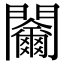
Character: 𨷬